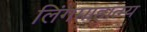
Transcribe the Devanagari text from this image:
लिंगमाहात्म्य